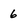
Character: 6